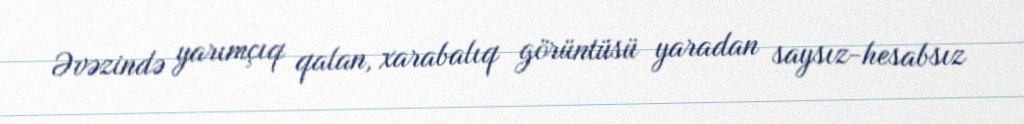
Əvəzində yarımçıq qalan, xarabalıq görüntüsü yaradan saysız-hesabsız